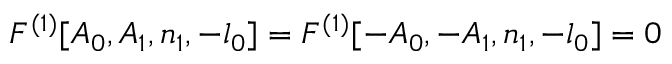
F ^ { ( 1 ) } [ A _ { 0 } , A _ { 1 } , n _ { 1 } , - l _ { 0 } ] = F ^ { ( 1 ) } [ - A _ { 0 } , - A _ { 1 } , n _ { 1 } , - l _ { 0 } ] = 0